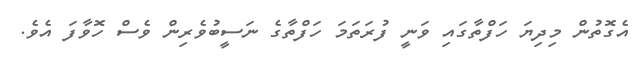
އެގޮތުން މިދިޔަ ހަފްތާގައި ވަނީ ފުރަތަމަ ހަފްތާގެ ނަސީބުވެރިން ވެސް ހޮވާފަ އެވެ.